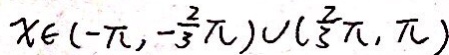
x \in ( - \pi , - \frac { 2 } { 3 } \pi ) \cup ( \frac { 2 } { 3 } \pi , \pi )